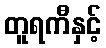
တူရကီနှင့်